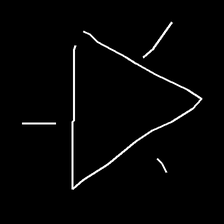
Glyph: fire